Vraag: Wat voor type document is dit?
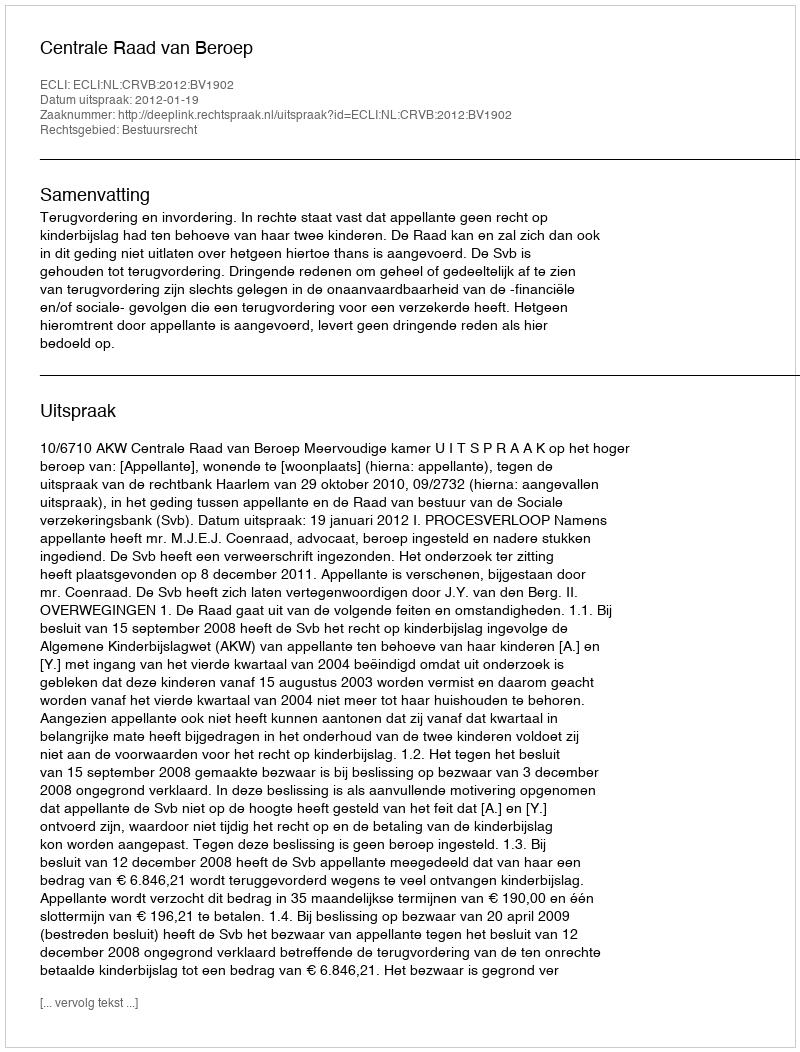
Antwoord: Uitspraak